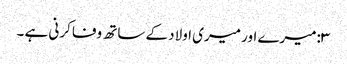
۳:میرے اور میری اولاد کے ساتھ وفا کرنی ہے ۔